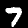
Digit: 7